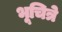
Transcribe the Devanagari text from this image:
भूचित्रे